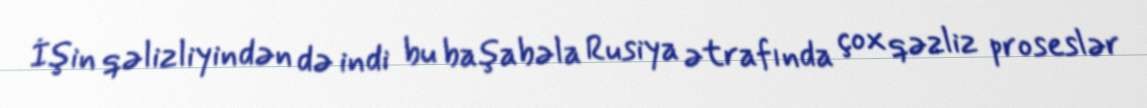
İşin qəlizliyindən də indi bu başabəla Rusiya ətrafında çox qəzliz proseslər